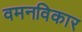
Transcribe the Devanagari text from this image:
वमनविकार